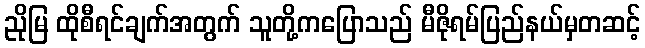
ညိုမြ ထိုစီရင်ချက်အတွက် သူတို့ကပြောသည် မီဇိုရမ်ပြည်နယ်မှတဆင့်